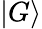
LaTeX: \mathinner{|{G}\rangle}